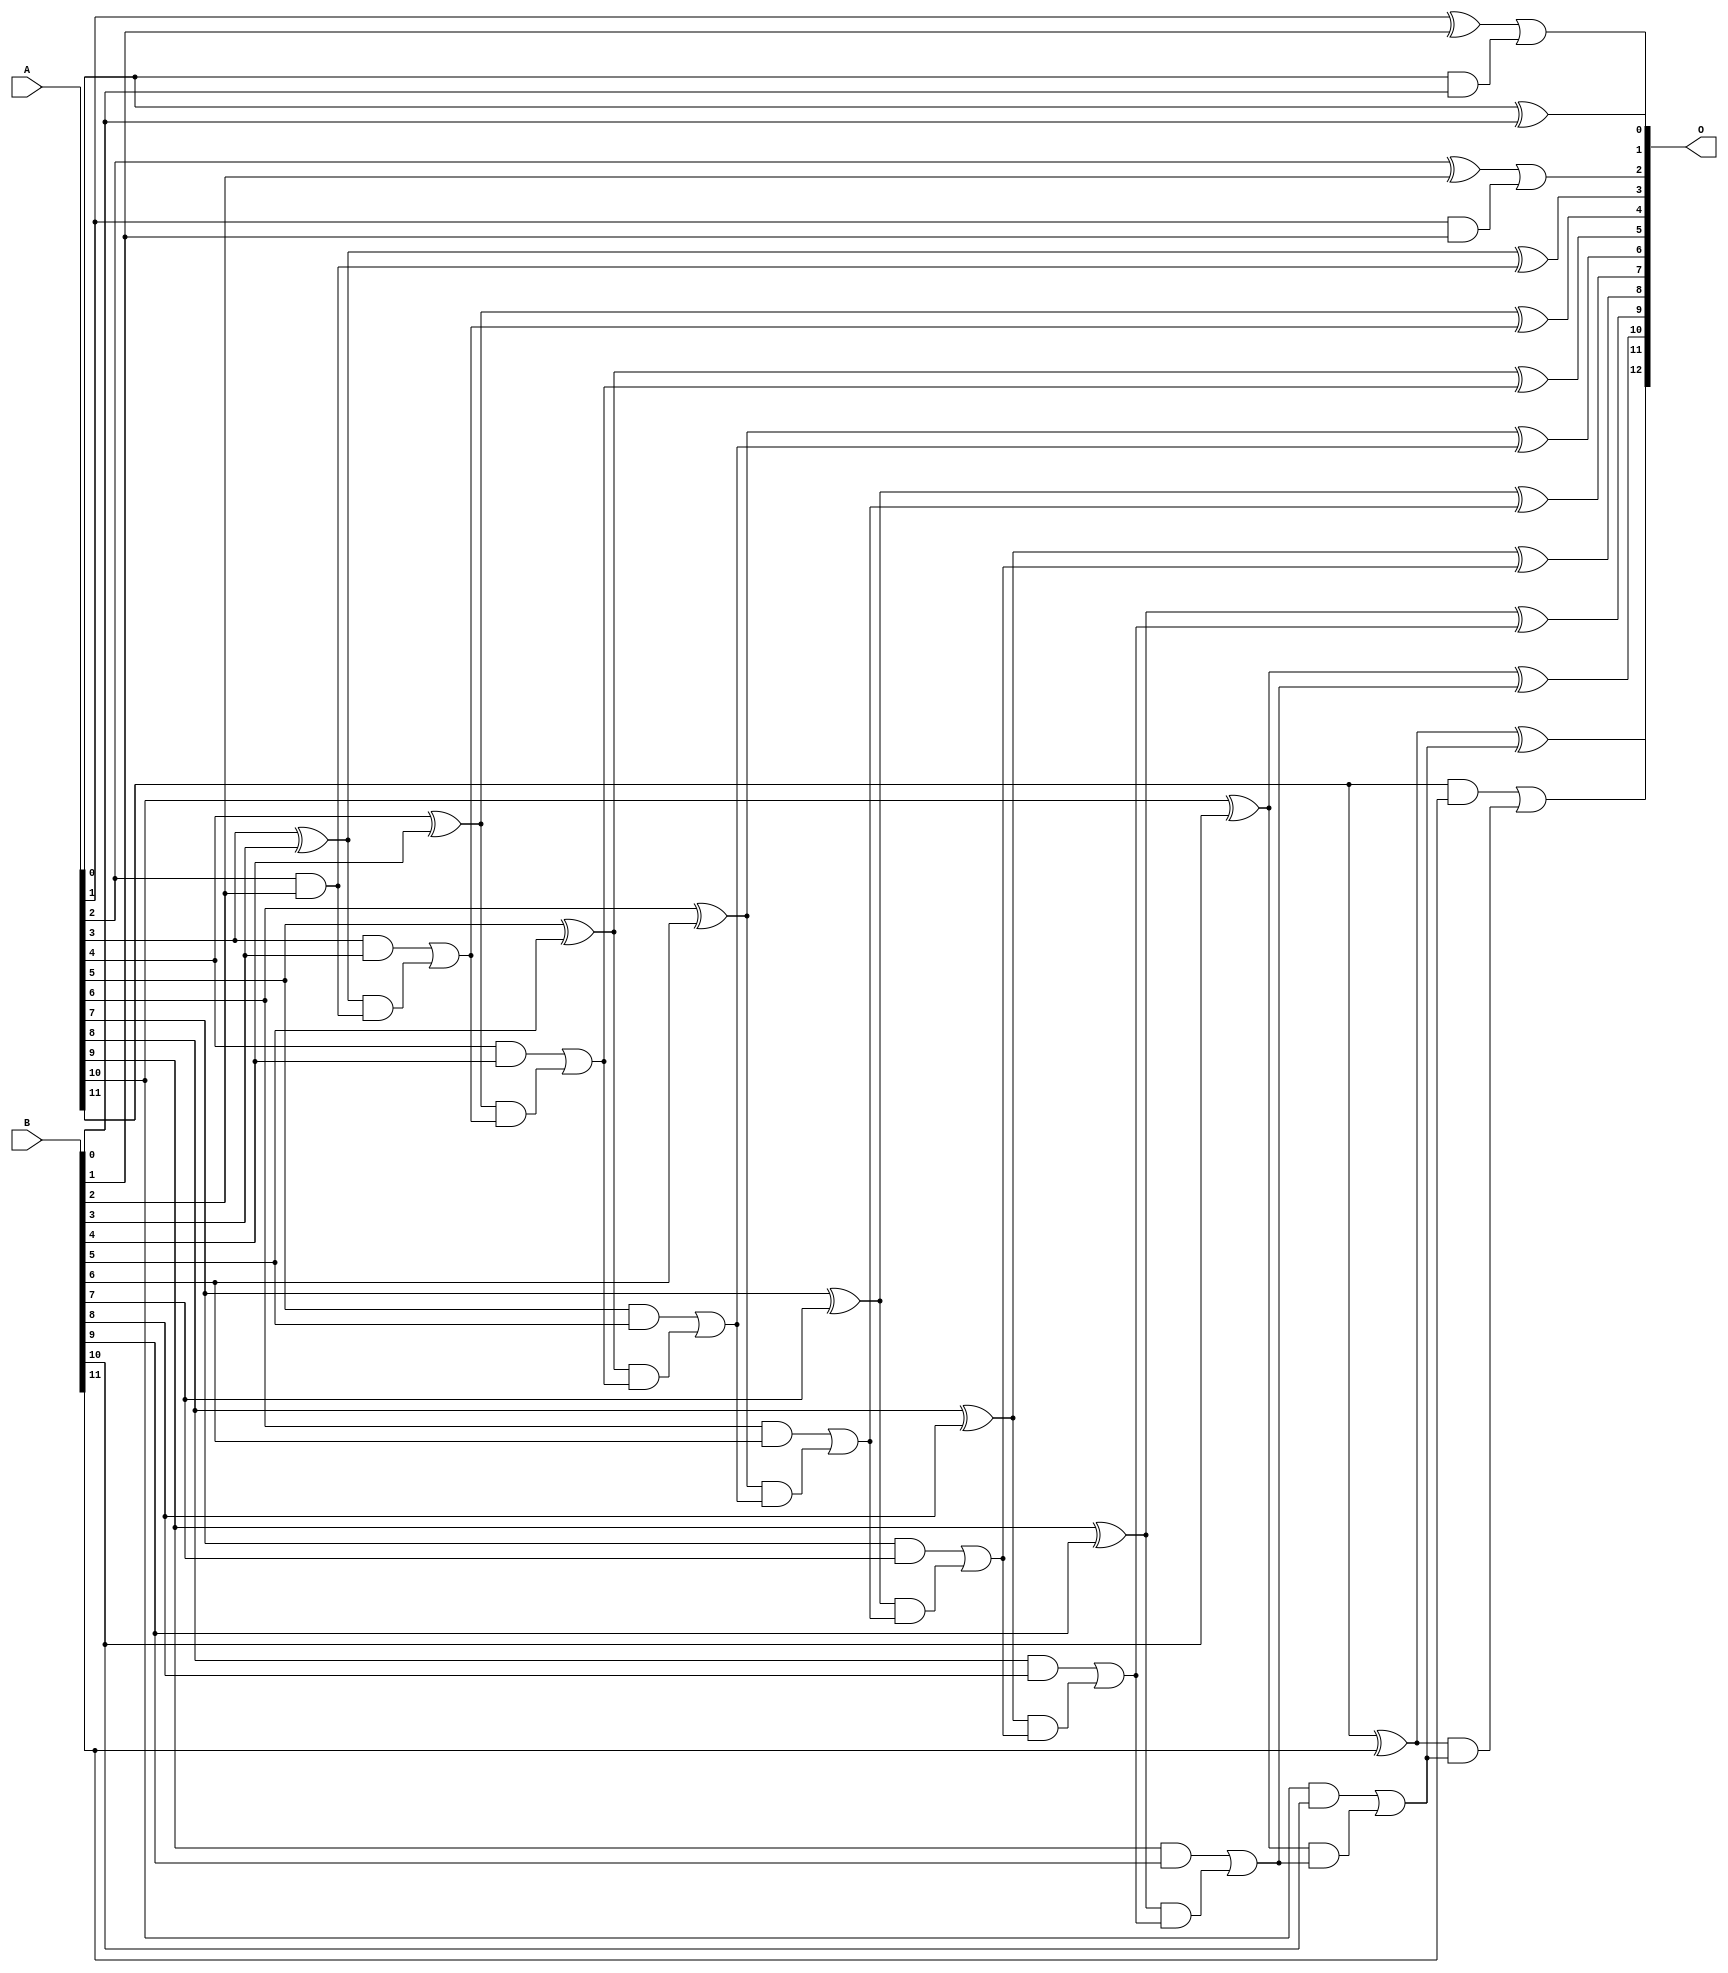
module add12u_4RF(A, B, O);
  input [11:0] A, B;
  output [12:0] O;
  wire sig_25, sig_26, sig_27, sig_30, sig_31, sig_32;
  wire sig_33, sig_35, sig_36, sig_37, sig_38, sig_40;
  wire sig_41, sig_42, sig_43, sig_45, sig_46, sig_47;
  wire sig_48, sig_50, sig_51, sig_52, sig_53, sig_55;
  wire sig_56, sig_57, sig_58, sig_60, sig_61, sig_62;
  wire sig_63, sig_65, sig_66, sig_67, sig_68, sig_70;
  wire sig_71, sig_72, sig_73, sig_75, sig_76, sig_77;
  wire sig_78;
  assign O[0] = A[0] ^ B[0];
  assign sig_25 = A[0] & B[0];
  assign sig_26 = A[1] ^ B[1];
  assign sig_27 = A[1] & B[1];
  assign O[1] = sig_26 | sig_25;
  assign sig_30 = sig_27;
  assign sig_31 = A[2] ^ B[2];
  assign sig_32 = 1'b0;
  assign sig_33 = A[2] & B[2];
  assign O[2] = sig_31 | sig_30;
  assign sig_35 = sig_32 | sig_33;
  assign sig_36 = A[3] ^ B[3];
  assign sig_37 = A[3] & B[3];
  assign sig_38 = sig_36 & sig_35;
  assign O[3] = sig_36 ^ sig_35;
  assign sig_40 = sig_37 | sig_38;
  assign sig_41 = A[4] ^ B[4];
  assign sig_42 = A[4] & B[4];
  assign sig_43 = sig_41 & sig_40;
  assign O[4] = sig_41 ^ sig_40;
  assign sig_45 = sig_42 | sig_43;
  assign sig_46 = A[5] ^ B[5];
  assign sig_47 = A[5] & B[5];
  assign sig_48 = sig_46 & sig_45;
  assign O[5] = sig_46 ^ sig_45;
  assign sig_50 = sig_47 | sig_48;
  assign sig_51 = A[6] ^ B[6];
  assign sig_52 = A[6] & B[6];
  assign sig_53 = sig_51 & sig_50;
  assign O[6] = sig_51 ^ sig_50;
  assign sig_55 = sig_52 | sig_53;
  assign sig_56 = A[7] ^ B[7];
  assign sig_57 = A[7] & B[7];
  assign sig_58 = sig_56 & sig_55;
  assign O[7] = sig_56 ^ sig_55;
  assign sig_60 = sig_57 | sig_58;
  assign sig_61 = A[8] ^ B[8];
  assign sig_62 = A[8] & B[8];
  assign sig_63 = sig_61 & sig_60;
  assign O[8] = sig_61 ^ sig_60;
  assign sig_65 = sig_62 | sig_63;
  assign sig_66 = A[9] ^ B[9];
  assign sig_67 = A[9] & B[9];
  assign sig_68 = sig_66 & sig_65;
  assign O[9] = sig_66 ^ sig_65;
  assign sig_70 = sig_67 | sig_68;
  assign sig_71 = A[10] ^ B[10];
  assign sig_72 = A[10] & B[10];
  assign sig_73 = sig_71 & sig_70;
  assign O[10] = sig_71 ^ sig_70;
  assign sig_75 = sig_72 | sig_73;
  assign sig_76 = A[11] ^ B[11];
  assign sig_77 = A[11] & B[11];
  assign sig_78 = sig_76 & sig_75;
  assign O[11] = sig_76 ^ sig_75;
  assign O[12] = sig_77 | sig_78;
endmodule